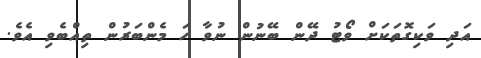
އަދި ވަކިގޮތަކަށް ވޯޓު ދޭން ބޭނުން ނުވާ ހަ މެންބަރުން ތިއްބެވި އެވެ.